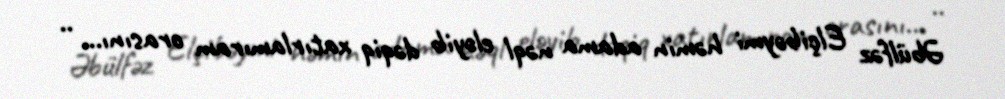
Əbülfəz Elçibəymi həmin adama nəql eləyib dəqiq xatırlamıram orasını... ..